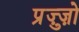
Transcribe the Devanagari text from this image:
प्रुज़्ज़ो